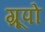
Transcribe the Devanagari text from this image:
ग्रूपो